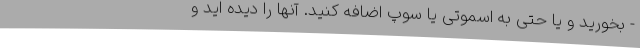
- بخورید و یا حتی به اسموتی یا سوپ اضافه کنید. آنها را دیده اید و